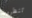
تنظرون